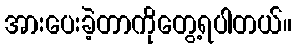
အားပေးခဲ့တာကိုတွေ့ရပါတယ်။